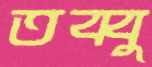
তব্বু